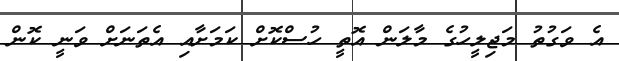
އެ ވަގުތު މަޖިލީހުގެ މާލަން އޮތީ ހުސްކޮށް ކަމަށާއި އެތަނަށް ވަނީ ކޮން